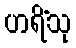
ဟရိံသု